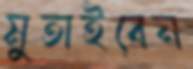
মুতাইবেন